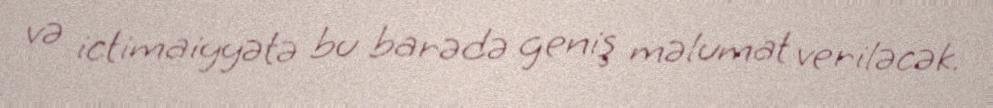
və ictimaiyyətə bu barədə geniş məlumat veriləcək.